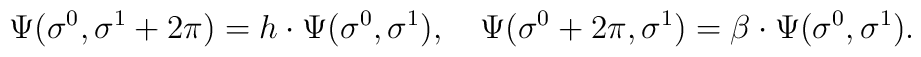
\Psi(\sigma^0,\sigma^1+2\pi) = h\cdot \Psi(\sigma^0,\sigma^1),\quad\Psi(\sigma^0+2\pi,\sigma^1) = \beta\cdot \Psi(\sigma^0,\sigma^1).